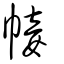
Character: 帹